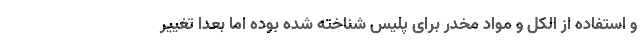
و استفاده از الکل و مواد مخدر برای پلیس شناخته شده بوده اما بعدا تغییر